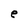
Character: e